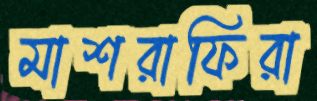
মাশরাফিরা